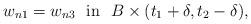
LaTeX: \begin{align*} w_{n1}=w_{n3} \ \ \mbox{in}\ \ B\times(t_1+\delta,t_2-\delta), \end{align*}